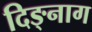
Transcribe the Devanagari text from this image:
दिङ्‌नाग